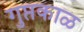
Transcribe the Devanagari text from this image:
गुप्तकाळ